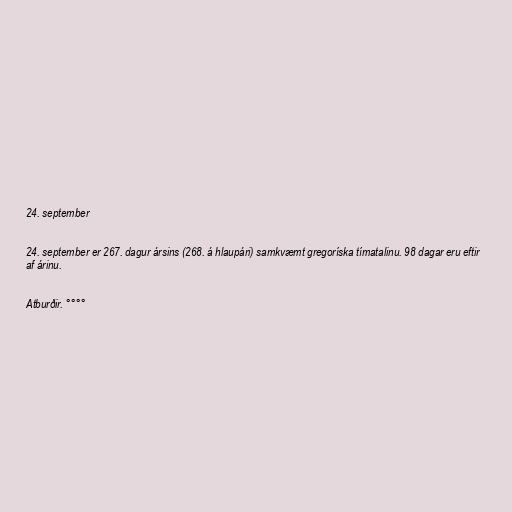
24. september

24. september er 267. dagur ársins (268. á hlaupári) samkvæmt gregoríska tímatalinu. 98 dagar eru eftir
af árinu.

Atburðir. °°°°